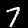
Digit: 7